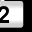
Digit: 2